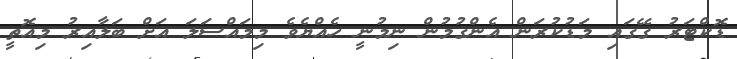
ޑޮކްޓަރު ގޭގައި މަޑުކުރަން އެންގުމުން ނިމުނީ ހެއްޔެވެ މިމައްސަލަ އަށް ބަލާއިރު މިއޮތީ